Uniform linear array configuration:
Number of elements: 4
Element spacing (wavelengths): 1
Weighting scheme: blackman
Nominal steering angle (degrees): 0
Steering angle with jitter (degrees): -0.8003
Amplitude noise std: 0.05
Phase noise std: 0.05

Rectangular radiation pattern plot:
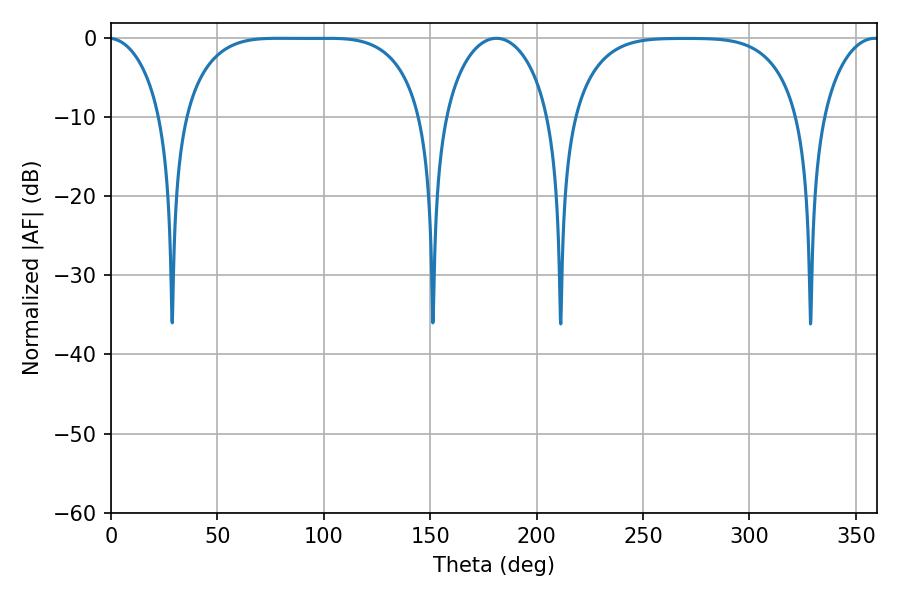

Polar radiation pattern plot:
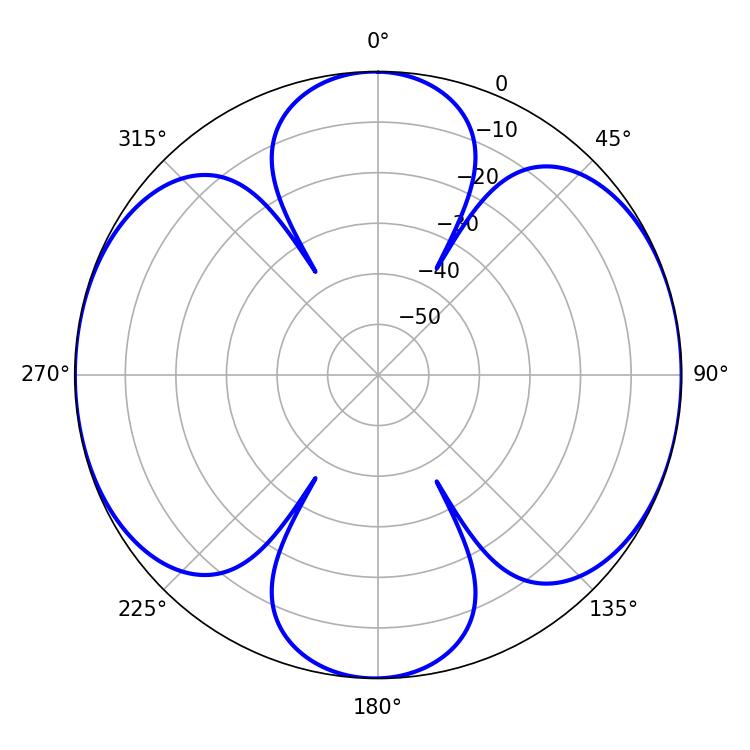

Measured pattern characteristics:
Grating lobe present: TRUE
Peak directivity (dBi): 13.946
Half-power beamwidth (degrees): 86.04
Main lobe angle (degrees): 78.66